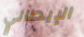
الإيطالي